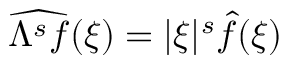
\widehat { \Lambda ^ { s } f } ( \xi ) = | \xi | ^ { s } \widehat { f } ( \xi )